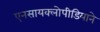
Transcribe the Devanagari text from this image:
एनसायक्लोपीडियाने